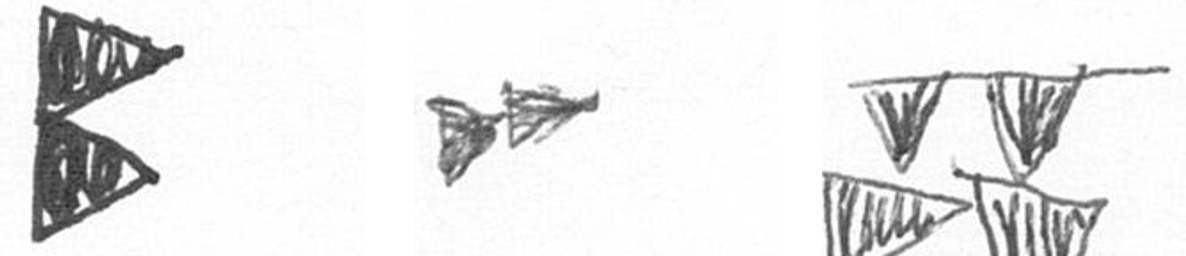
P A B